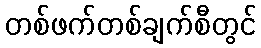
တစ်ဖက်တစ်ချက်စီတွင်